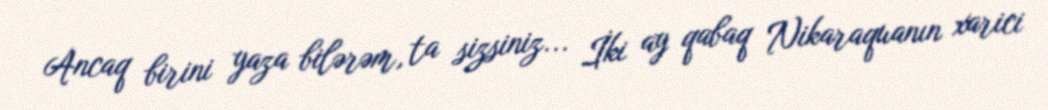
Ancaq birini yaza bilərəm, ta sizsiniz... İki ay qabaq Nikaraquanın xarici